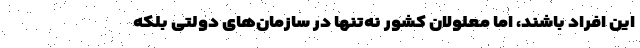
این افراد باشند، اما معلولان کشور نه‌تنها در سازمان‌های دولتی بلکه